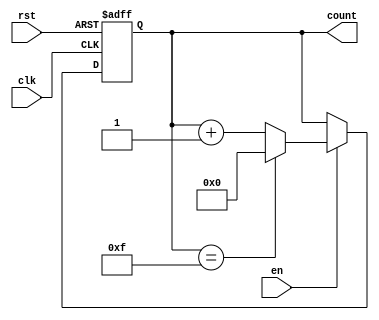
module memory_blocks_up_counter #(
    parameter WIDTH = 4,            // Number of bits for the counter
    parameter INITIAL_VALUE = 4'd0, // Initial value of the counter
    parameter MAX_VALUE = 4'd15     // Maximum value of the counter
)(
    input wire clk,                 // Clock signal
    input wire rst,                 // Reset signal
    input wire en,                  // Enable signal
    output reg [WIDTH-1:0] count    // Current count value
);

    // Synchronous reset counter logic with enable
    always @(posedge clk or posedge rst) begin
        if (rst) begin
            count <= INITIAL_VALUE;  // Reset to the initial value
        end else if (en) begin
            if (count == MAX_VALUE) begin
                count <= INITIAL_VALUE; // Wrap around to initial value
            end else begin
                count <= count + 1;     // Increment count
            end
        end
    end

endmodule